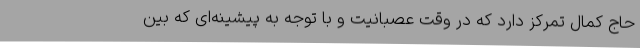
حاج کمال تمرکز دارد که در وقت عصبانیت و با توجه به پیشینه‌ای که بین